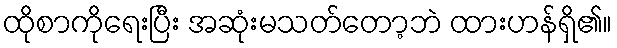
ထိုစာကိုရေးပြီး အဆုံးမသတ်တော့ဘဲ ထားဟန်ရှိ၏။